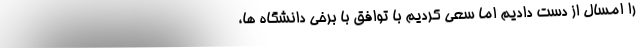
را امسال از دست دادیم اما سعی کردیم با توافق با برخی دانشگاه ها،